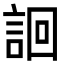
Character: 䛛